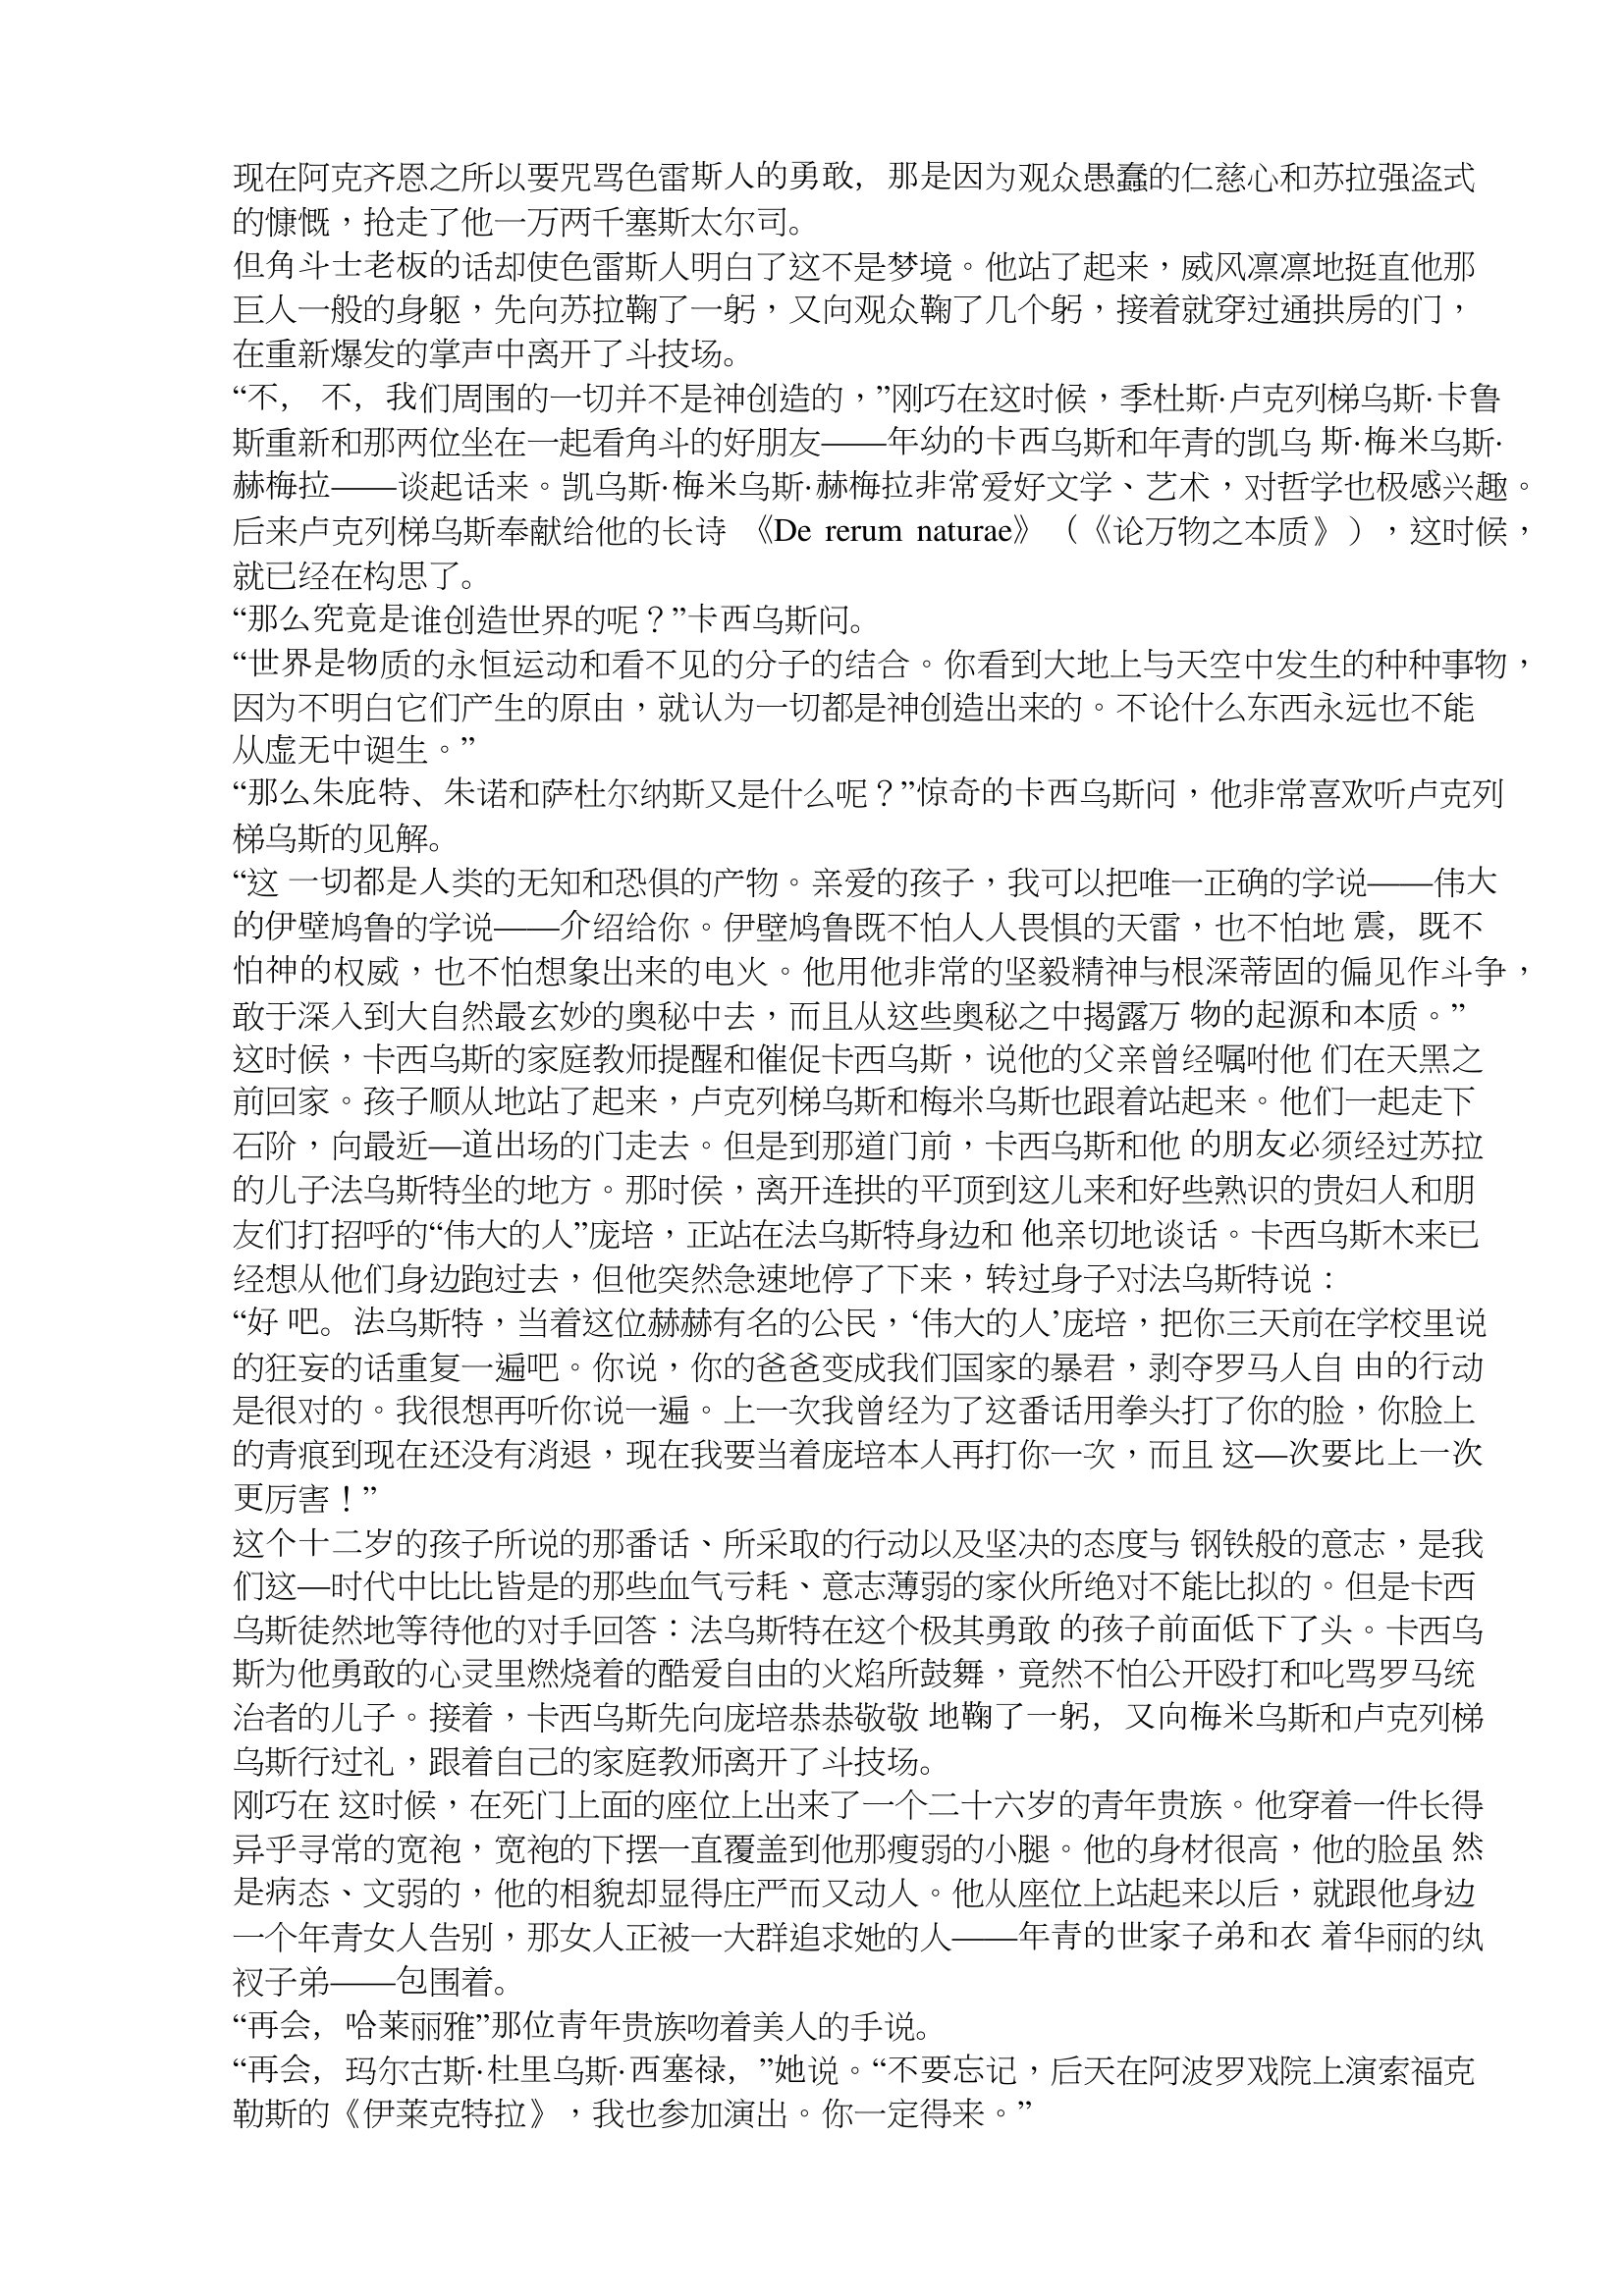
Language: zh